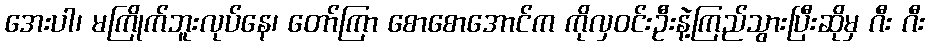
အေးပါ၊ မကြိုက်ဘူးလုပ်နေ၊ တော်ကြာ စောစောအောင်က ကိုလှဝင်းဦးနဲ့ကြည်သွားပြီးဆိုမှ ဂီး ဂီး